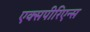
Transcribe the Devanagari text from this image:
एक्सपीरिएन्स